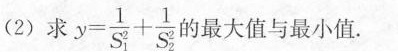
（2）求$$y = \frac{ 1 } { S _ { 1 } ^ { 2 } } + \frac { 1 } { S _ { 2 } ^ { 2 } }$$的最大值与最小值.